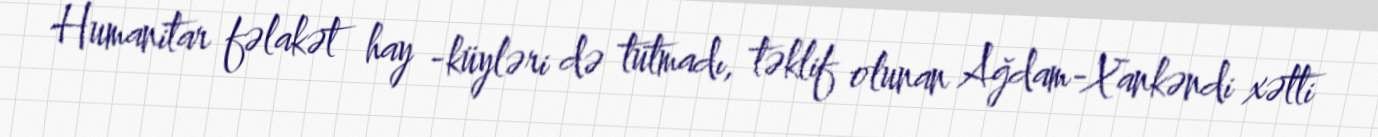
Humanitar fəlakət hay -küyləri də tutmadı, təklif olunan Ağdam-Xankəndi xətti